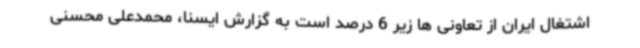
اشتغال ایران از تعاونی ها زیر 6 درصد است به گزارش ایسنا، محمدعلی محسنی